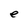
Character: e